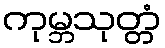
ကုမ္ဘသုတ္တံ